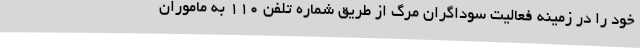
خود را در زمینه فعالیت سوداگران مرگ از طریق شماره تلفن 110 به ماموران